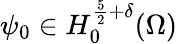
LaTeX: \psi_{0}\in H_{0}^{\frac{5}{2}+\delta}(\Omega)